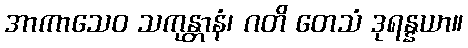
အာကာသေဝ သကုန္တာနံ၊ ဂတိ တေသံ ဒုရန္နယာ။